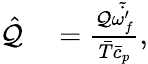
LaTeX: \begin{array}{rl}{\hat{\mathcal{Q}}}&{{}=\frac{\mathcal{Q}\tilde{\dot{\omega_{f}^{\prime}}}}{\bar{T}\bar{c}_{p}},}\end{array}